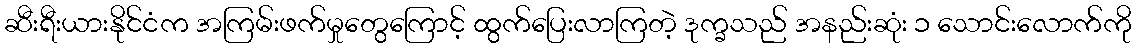
ဆီးရီးယားနိုင်ငံက အကြမ်းဖက်မှုတွေကြောင့် ထွက်ပြေးလာကြတဲ့ ဒုက္ခသည် အနည်းဆုံး ၁ သောင်းလောက်ကို